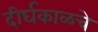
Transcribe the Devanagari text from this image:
दीर्घकाळचे